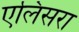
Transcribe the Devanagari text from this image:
एलिसरा